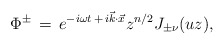
\begin{align*}\Phi^{\pm}\,=\, e^{-i\omega t\,+\,i\vec k \cdot \vec x} z^{n/2} J_{\pm\nu}(uz),\end{align*}